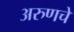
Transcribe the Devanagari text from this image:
अरुणचे